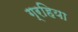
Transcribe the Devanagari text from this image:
ग्रहिया